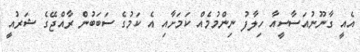
އެއީ ގާނޫނުއަސާސީއާ ހިލާފު ނިންމުމެއް ކަމަށާއި އެ ކަމުގެ ސަބަބުން ރާއްޖޭގެ ޝަރުއީ